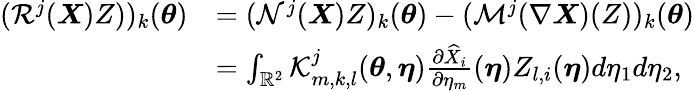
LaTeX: \begin{array}{rl}{(\mathcal{R}^{j}(\boldsymbol{X})Z))_{k}({\boldsymbol{\theta}})}&{=(\mathcal{N}^{j}(\boldsymbol{X})Z)_{k}({\boldsymbol{\theta}})-(\mathcal{M}^{j}(\nabla\boldsymbol{X})(Z))_{k}({\boldsymbol{\theta}})}\\ &{=\int_{{\mathbb{R}^{2}}}\mathcal{K}_{m,k,l}^{j}({\boldsymbol{\theta}},{\boldsymbol{\eta}})\frac{\partial\widehat{X}_{i}}{\partial\eta_{m}}({\boldsymbol{\eta}})Z_{l,i}({\boldsymbol{\eta}})d\eta_{1}d\eta_{2},}\end{array}